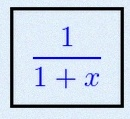
\frac{1}{1+x}